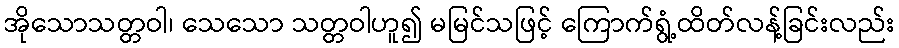
အိုသောသတ္တဝါ၊ သေသော သတ္တဝါဟူ၍ မမြင်သဖြင့် ကြောက်ရွံ့ထိတ်လန့်ခြင်းလည်း